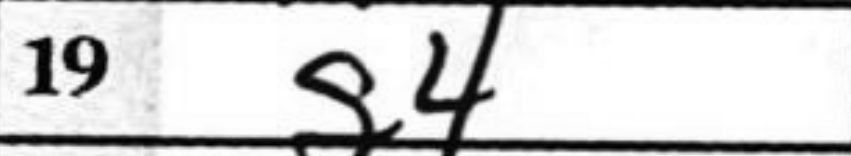
Transcription: g4